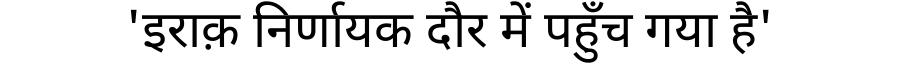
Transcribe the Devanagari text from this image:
'इराक़ निर्णायक दौर में पहुँच गया है'